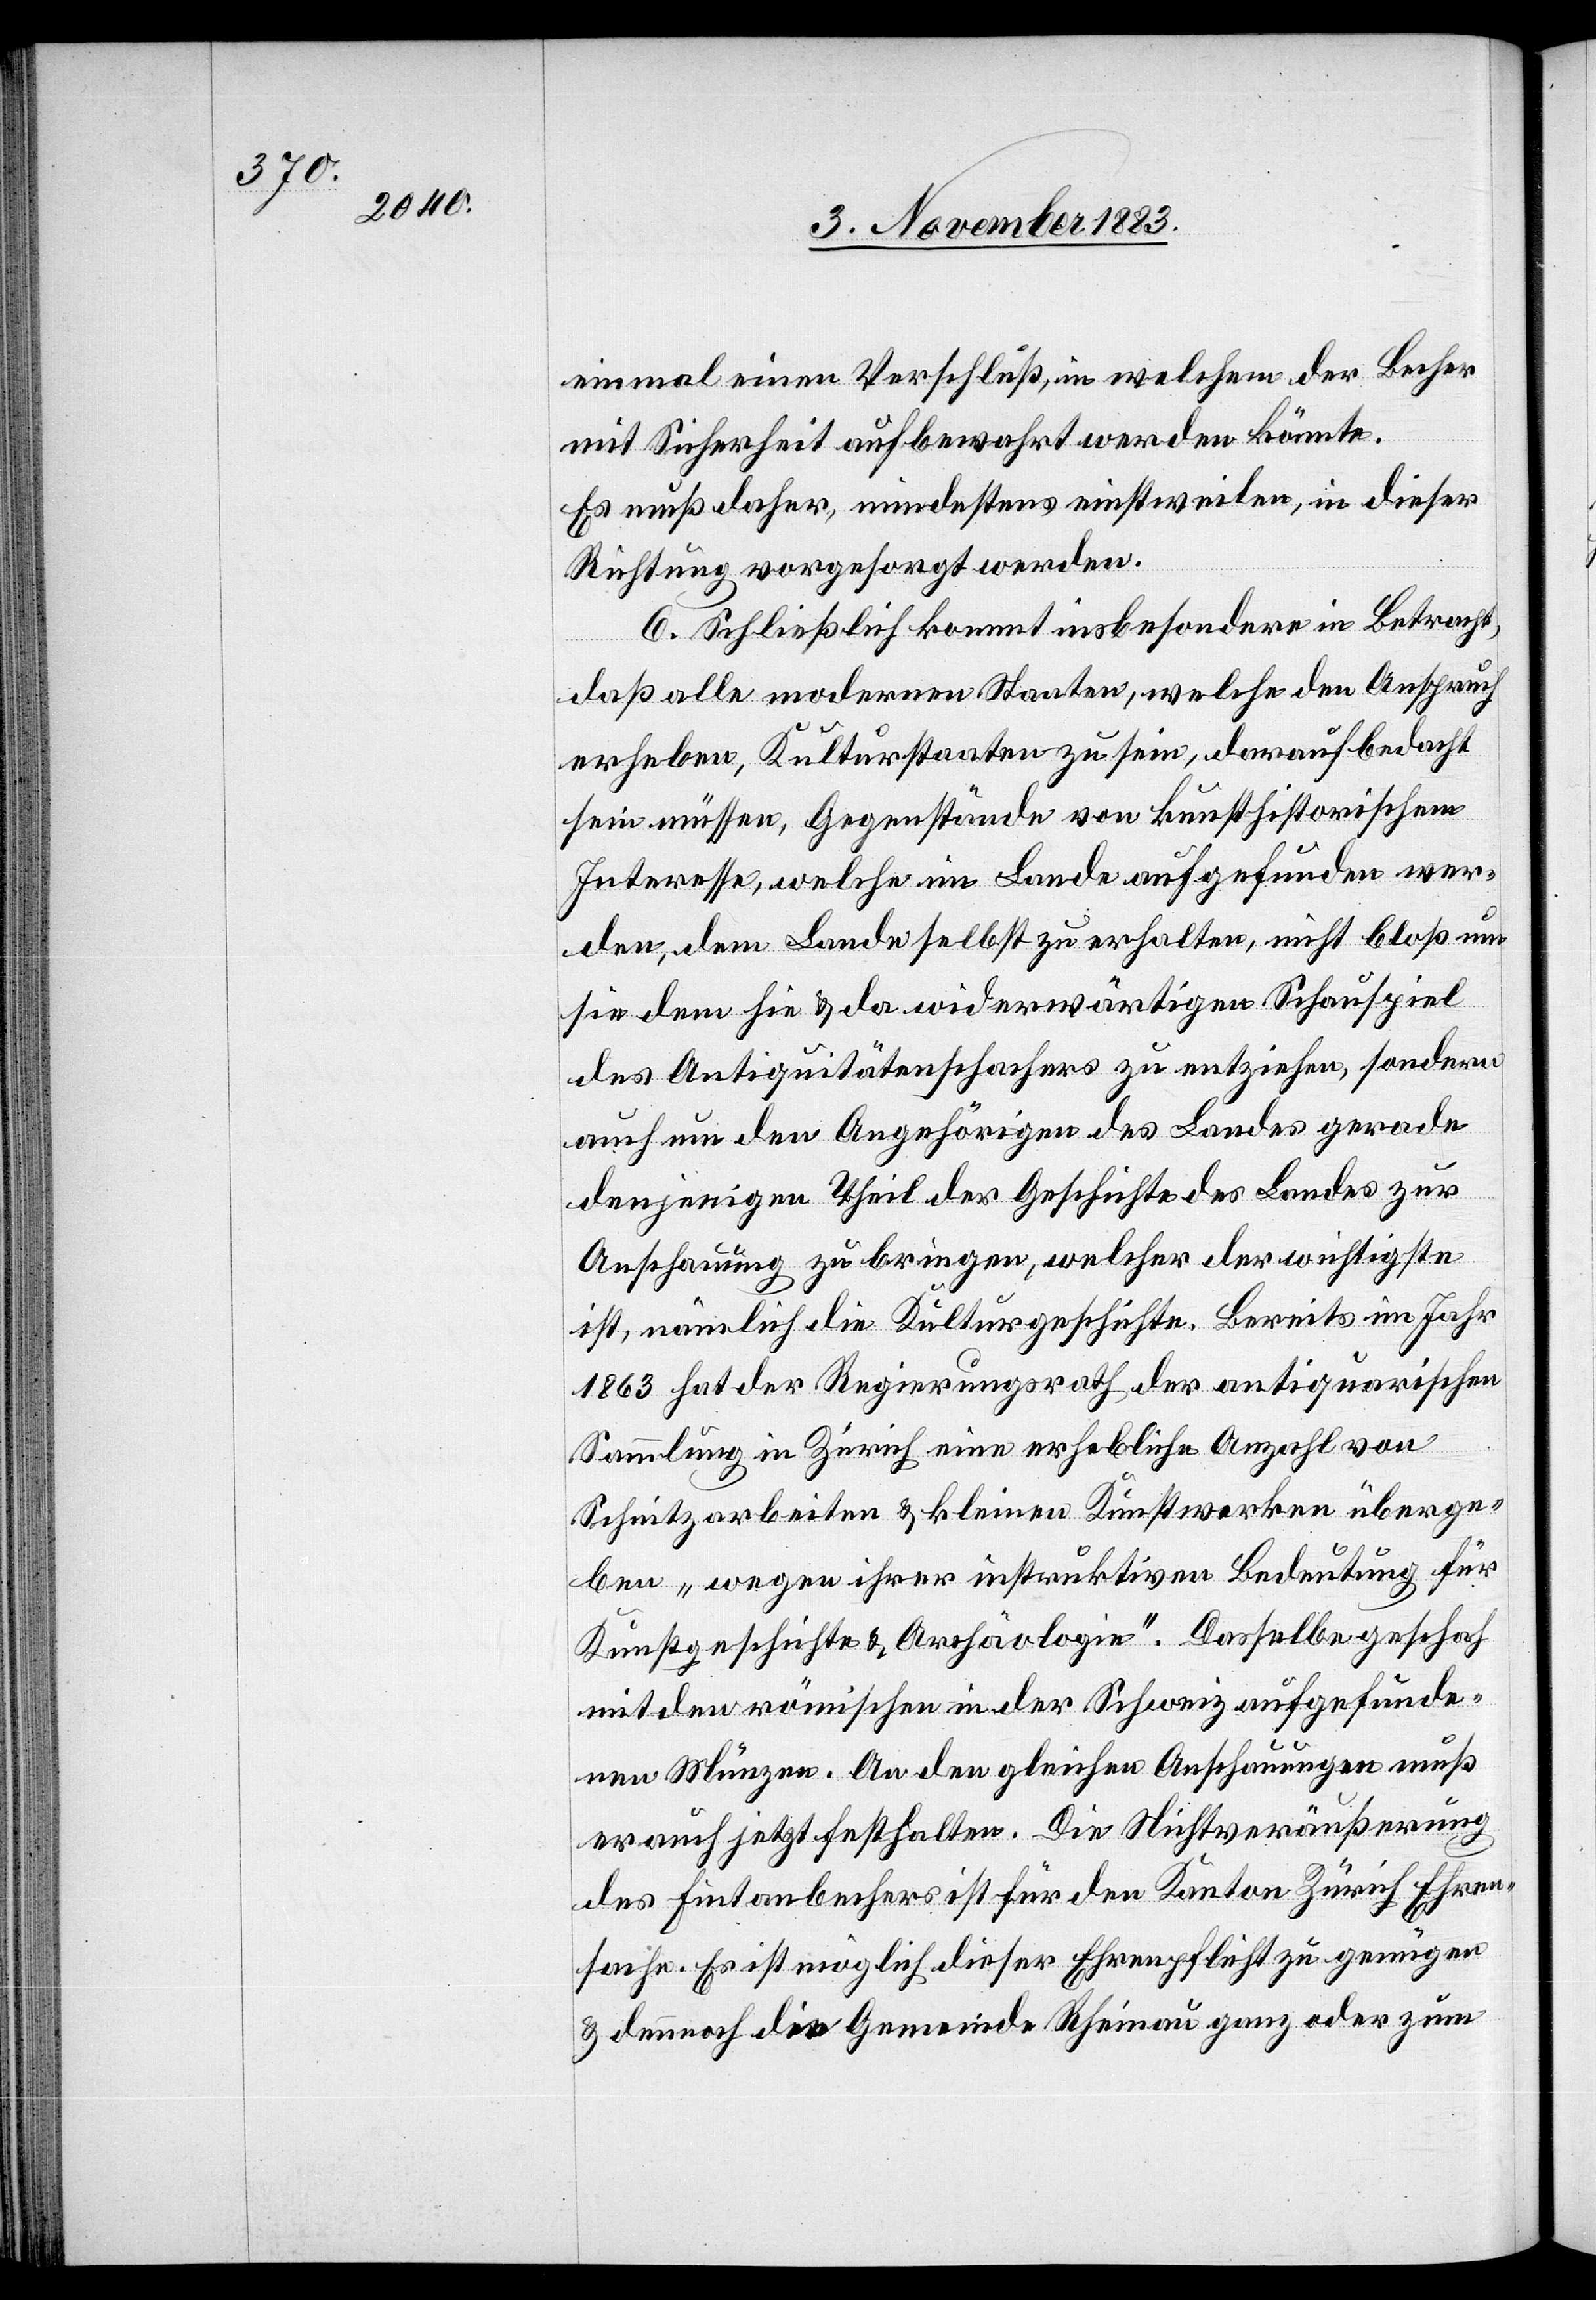
einmal einen Verschluß, in welchem der Becher
mit Sicherheit aufbewahrt werden könnte.
Es muß daher, mindestens einstweilen, in dieser
Richtung vorgesorgt werden.
6. Schließlich kommt insbesondere in Betracht
daß alle modernen Staaten, welche den Anspruch
erheben, Kulturstaaten zu sein, darauf bedacht
sein müssen, Gegenstände von kunsthistorischem
Interesse, welche im Lande aufgefunden wer¬
den, dem Lande selbst zu erhalten, nicht bloß um
sie dem hie & da widerwärtigen Schauspiel
des Antiquitätenschachers zu entziehen, sondern
auch um den Angehörigen des Landes gerade
denjenigen Theil der Geschichte des Landes zur
Anschauung zu bringen, welcher der wichtigste
ist, nämlich die Kulturgeschichte. Bereits im Jahr
1863 hat der Regierungsrath der antiquarischen
Sammlung in Zürich eine erhebliche Anzahl von
Schnitzarbeiten & kleinen Kunstwerken überge¬
ben „wegen ihrer instruktiven Bedeutung für
Kunstgeschichte & Archäologie“. Dasselbe geschah
mit den römischen in der Schweiz aufgefunde¬
nen Münzen. An den gleichen Anschauungen muß
er auch jetzt festhalten. Die Nichtveräußerung
des Fintanbechers ist für den Kanton Zürich Ehren¬
sache. Es ist möglich dieser Ehrenpflicht zu genügen
& darauf die Gemeinde Rheinau ganz oder zum